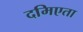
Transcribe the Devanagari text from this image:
दमिएता